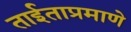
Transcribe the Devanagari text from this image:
ताईताप्रमाणे